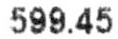
599.45